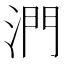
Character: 𣶯